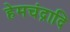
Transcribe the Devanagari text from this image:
हेमचंद्रादि